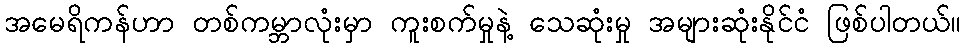
အမေရိကန်ဟာ တစ်ကမ္ဘာလုံးမှာ ကူးစက်မှုနဲ့ သေဆုံးမှု အများဆုံးနိုင်ငံ ဖြစ်ပါတယ်။